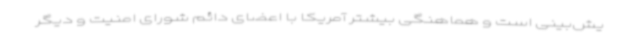
یش‌بینی است و هماهنگی بیشتر آمریکا با اعضای دائم شورای امنیت و دیگر